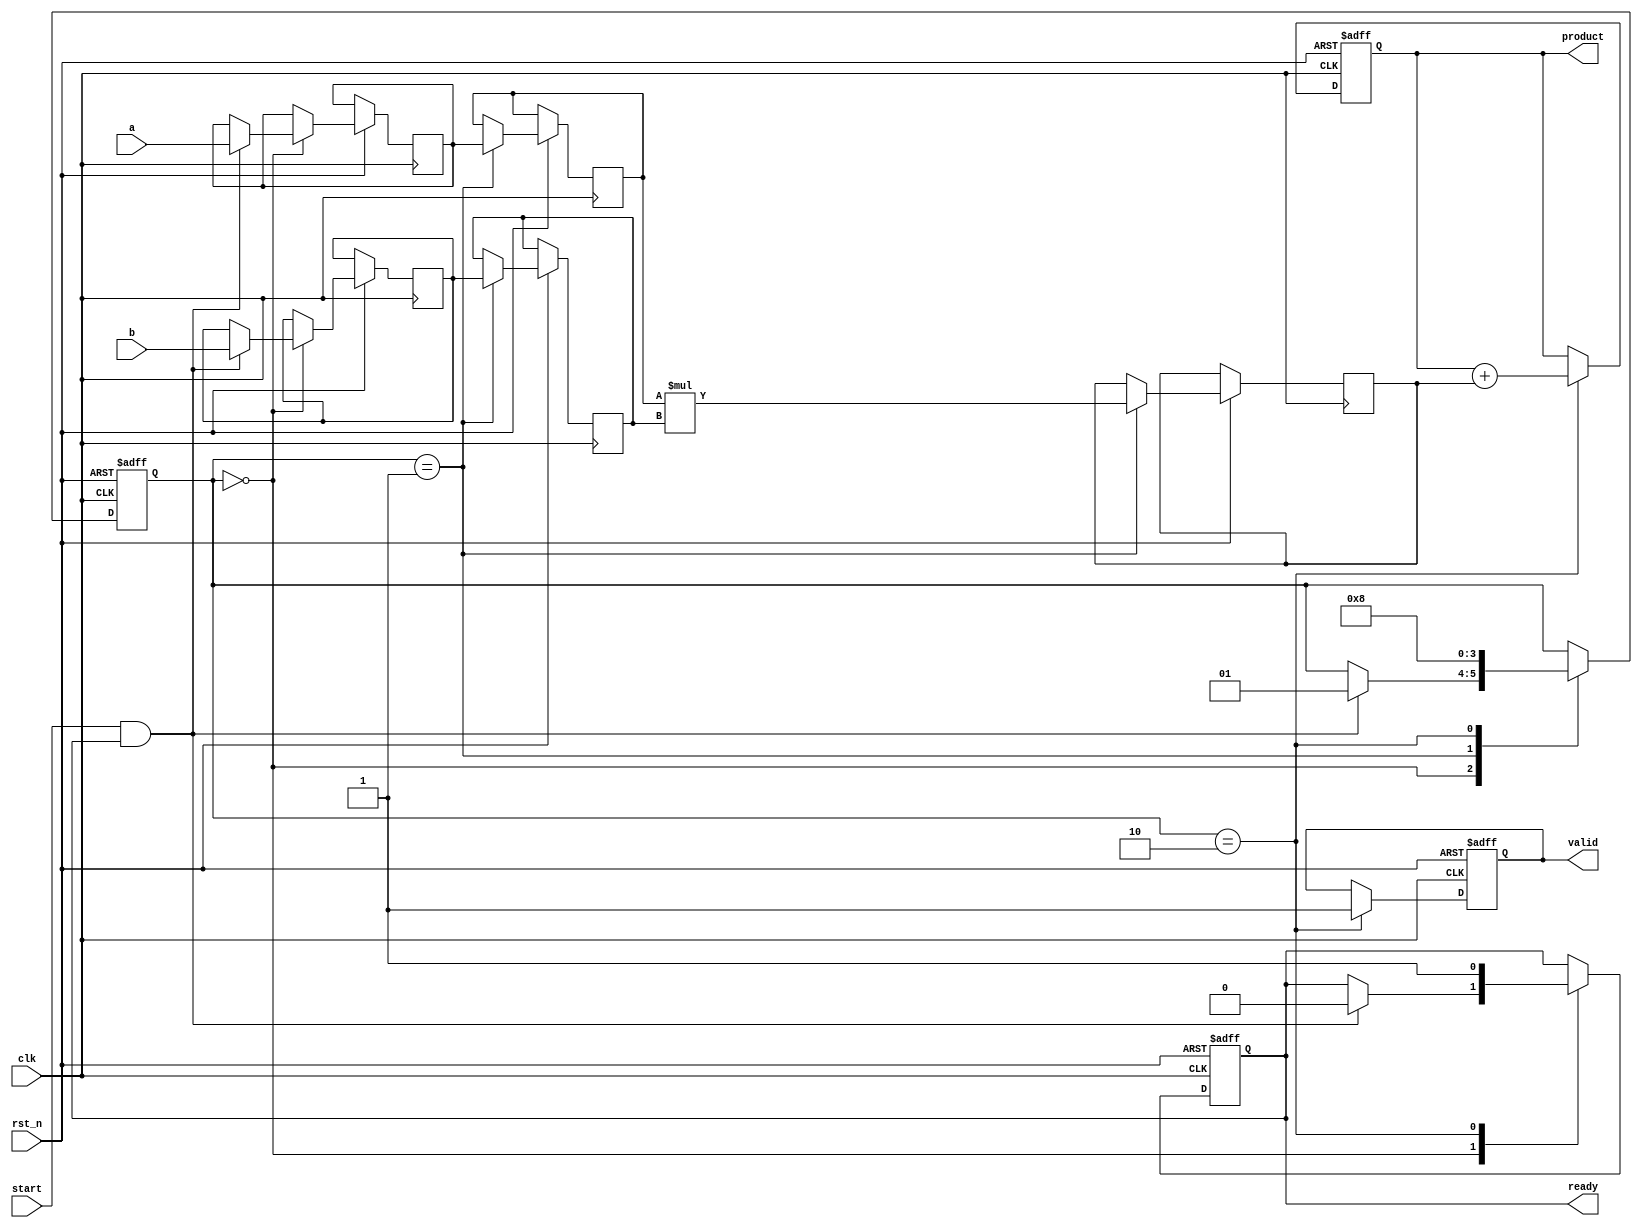
module streaming_multiplier #(
    parameter DATA_WIDTH = 16, // Configurable data width
    parameter PIPELINE_DEPTH = 2 // Number of pipeline stages
)(
    input wire clk,
    input wire rst_n,
    input wire start, // Signal to start multiplication
    input wire [DATA_WIDTH-1:0] a, // First operand
    input wire [DATA_WIDTH-1:0] b, // Second operand
    output reg [2*DATA_WIDTH-1:0] product, // Output product
    output reg valid, // Indicates valid output
    output reg ready // Indicates ready for new inputs
);

    // Internal signals for pipeline stages
    reg [DATA_WIDTH-1:0] a_reg [0:PIPELINE_DEPTH-1];
    reg [DATA_WIDTH-1:0] b_reg [0:PIPELINE_DEPTH-1];
    reg [2*DATA_WIDTH-1:0] partial_product [0:PIPELINE_DEPTH-1];
    reg [1:0] state; // State machine for control

    // State encoding
    localparam IDLE = 2'b00;
    localparam PROCESS = 2'b01;
    localparam OUTPUT = 2'b10;

    // Pipeline processing
    always @(posedge clk or negedge rst_n) begin
        if (!rst_n) begin
            state <= IDLE;
            valid <= 0;
            ready <= 1;
            product <= 0;
        end else begin
            case (state)
                IDLE: begin
                    if (start && ready) begin
                        // Load inputs into pipeline registers
                        a_reg[0] <= a;
                        b_reg[0] <= b;
                        state <= PROCESS;
                        ready <= 0; // Not ready for new inputs
                    end
                end

                PROCESS: begin
                    // Shift pipeline
                    a_reg[1] <= a_reg[0];
                    b_reg[1] <= b_reg[0];
                    partial_product[0] <= a_reg[0] * b_reg[0]; // First multiplication
                    if (PIPELINE_DEPTH > 1) begin
                        a_reg[2] <= a_reg[1];
                        b_reg[2] <= b_reg[1];
                        partial_product[1] <= a_reg[1] * b_reg[1]; // Second multiplication
                    end
                    state <= OUTPUT;
                end

                OUTPUT: begin
                    // Accumulate results
                    product <= partial_product[0];
                    if (PIPELINE_DEPTH > 1) begin
                        product <= product + partial_product[1]; // Add second partial product
                    end
                    valid <= 1; // Output is valid
                    state <= IDLE; // Go back to IDLE
                    ready <= 1; // Ready for new inputs
                end
            endcase
        end
    end

endmodule